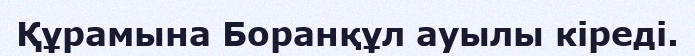
Құрамына Боранқұл ауылы кіреді.